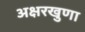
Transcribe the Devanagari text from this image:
अक्षरखुणा